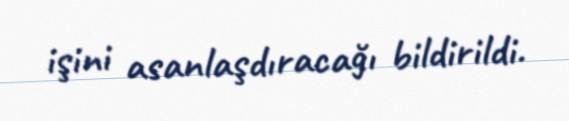
işini asanlaşdıracağı bildirildi.